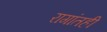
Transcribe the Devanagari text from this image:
रागांतही